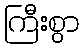
ကြီးစွာ